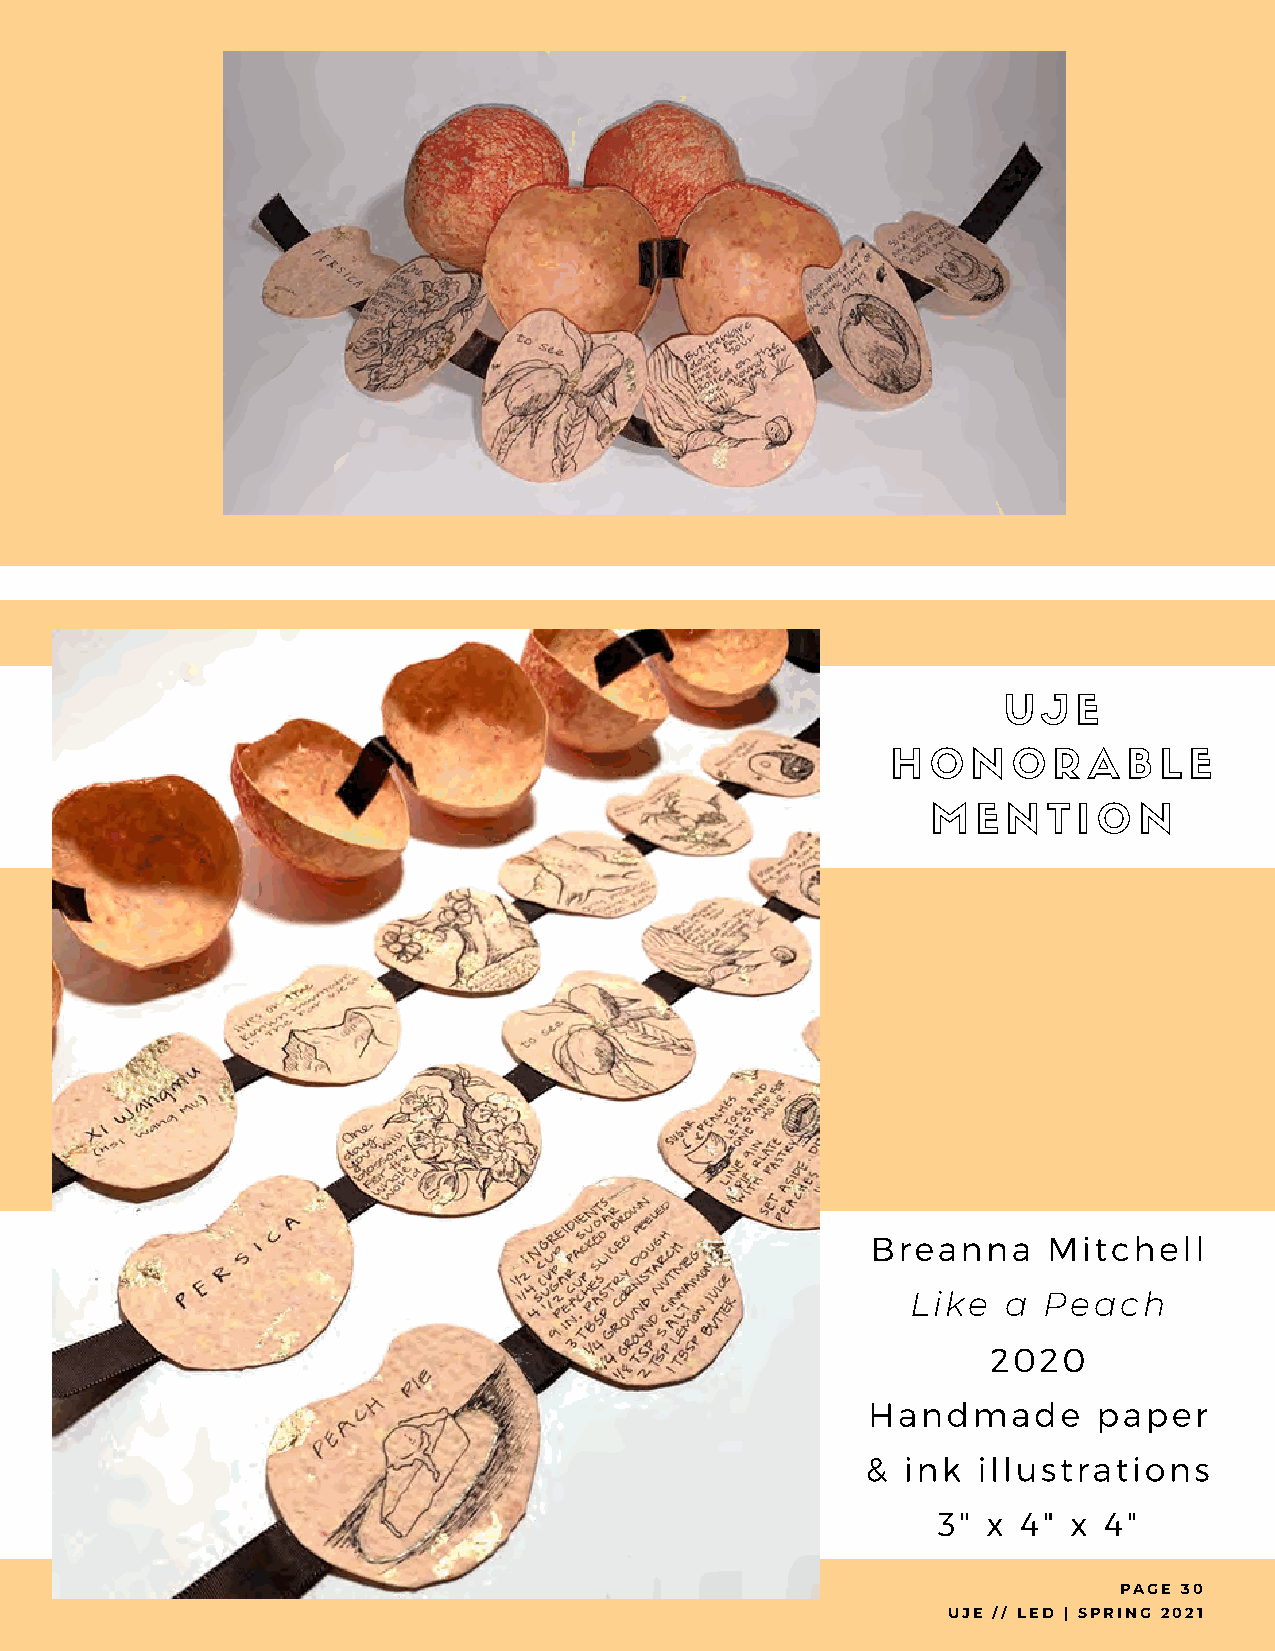
U  J E
 H  O N  O  R A  B L E
 M  E N T I O N
 Breanna    Mitchell
 Like   a Peach
 2020
 Handmade        paper
 &  ink  illustrations
 3" x  4" x 4"
 PAGE 30
 UJE // LED | SPRING 2021